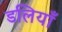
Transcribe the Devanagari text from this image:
डलियाँ